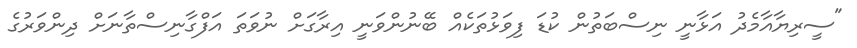
"ސީރިޔާއާމެދު އަޅާނީ ނިސްބަތުން ކުޑަ ފިވަޅުތަކެއް ބޭނުންވަނީ އިރާގަށް ނުވަތަ އަފްގާނިސްތާނަށް ދިންވަރުގެ